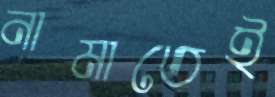
নামাতেই